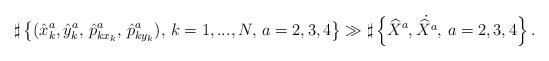
LaTeX: \begin{align*}\sharp \left\{(\hat{x}^a_k,\hat{y}^a_k,\,\hat{p}^a_{kx_k},\,\hat{p}^a_{ky_k}),\,k=1,...,N,\,a=2,3,4\right\}\gg \sharp \left\{\widehat{X}^a,\dot{\widehat{X}^a},\,a=2,3,4\right\}.\end{align*}